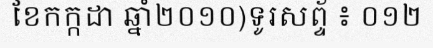
ខែកក្កដា ឆ្នាំ២០១០)ទូរសព្ទ័ ៖ ០១២